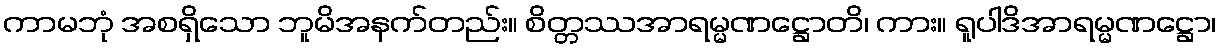
ကာမဘုံ အစရှိသော ဘူမိအနက်တည်း။ စိတ္တဿအာရမ္မဏဋ္ဌောတိ၊ ကား။ ရူပါဒိအာရမ္မဏဋ္ဌော၊